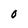
Character: o